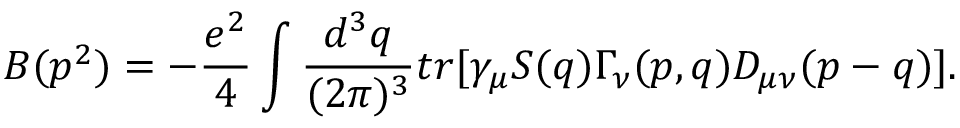
B ( p ^ { 2 } ) = - \frac { e ^ { 2 } } { 4 } \int \frac { d ^ { 3 } q } { ( 2 \pi ) ^ { 3 } } t r \lbrack \gamma _ { \mu } S ( q ) \Gamma _ { \nu } ( p , q ) D _ { \mu \nu } ( p - q ) \rbrack .